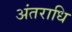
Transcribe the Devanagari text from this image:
अंतराधि